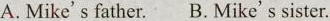
A. Mike's father.B. Mike's sister.